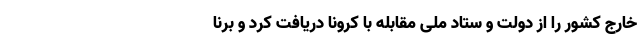
خارج کشور را از دولت و ستاد ملی مقابله با کرونا دریافت کرد و برنا